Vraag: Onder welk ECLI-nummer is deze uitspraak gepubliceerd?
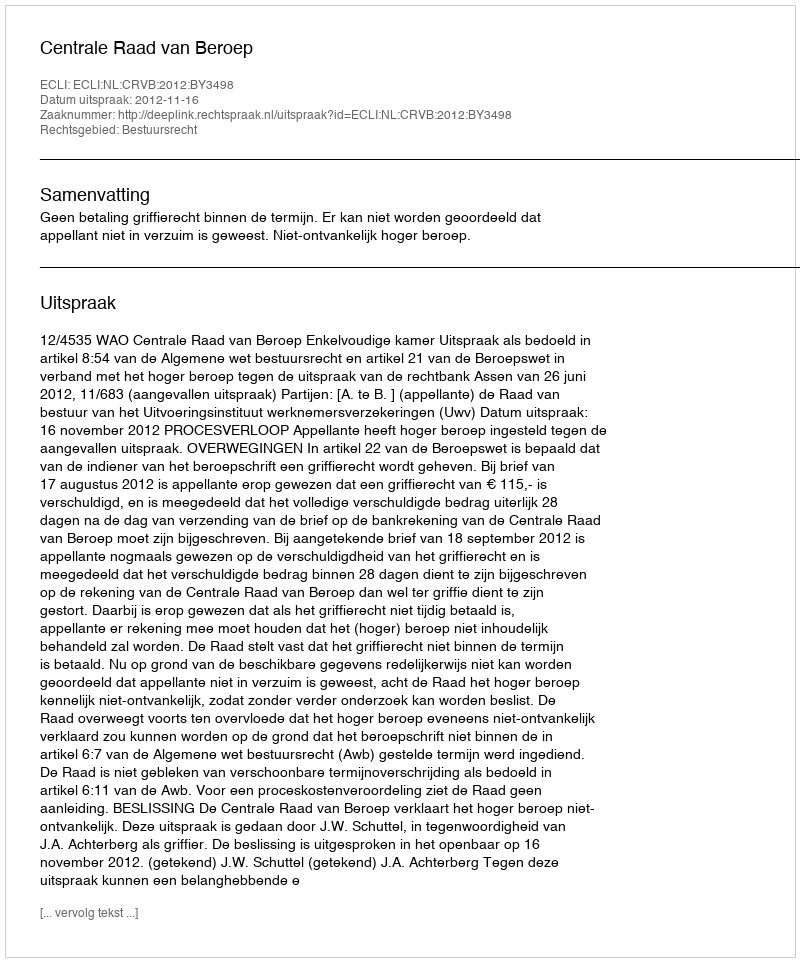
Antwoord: ECLI:NL:CRVB:2012:BY3498